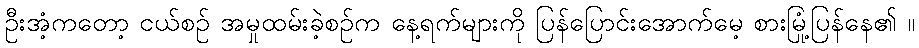
ဦးအံ့ကတော့ ငယ်စဉ် အမှုထမ်းခဲ့စဉ်က နေ့ရက်များကို ပြန်ပြောင်းအောက်မေ့ စားမြုံ့ပြန်နေ၏ ။